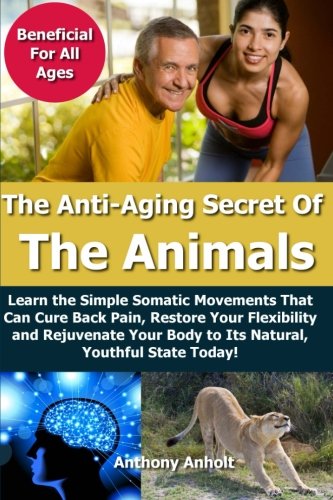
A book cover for Anti Aging Secret of the Animals - Learn the Simple Somatic Movements That Can Cure Back Pain, Restore Your Flexibility and Rejuvenate Your Body to Its Natural, Youthful State Today!; Anthony Anholt; Health, Fitness & Dieting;